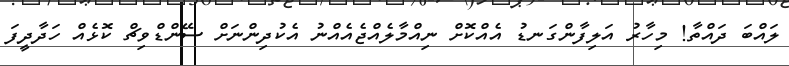
ލައްބަ ދައްތާ! މިހާރު އަލިފާންގަނޑު އެއްކޮށް ނިއްމާލެއްޖެއެއްނު އެކުދިންނަށް ސޭންޑްވިޗް ކޮޅެއް ހަދާދީފަ